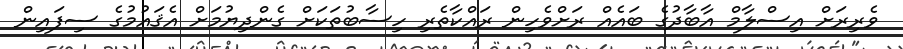
ވެރިރަށް އިސްލާމް އާބާދުގެ ބައެއް ރަށްވެހިން ރައްކާތެރި ހިސާބުތަކަށް ގެންދިޔުމަށް އެޤައުމުގެ ސިފައިން